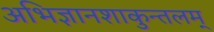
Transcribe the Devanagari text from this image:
अभिज्ञानशाकुन्तलम्‌